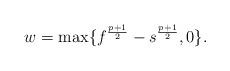
LaTeX: \begin{align*}w=\max\{ f^{\frac{p +1}{2}} - s^{\frac{p+1}{2}} ,0\}.\end{align*}